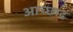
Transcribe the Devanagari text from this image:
आच्छाद